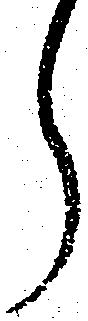
ら